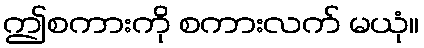
ဤစကားကို စကားလက် မယုံ။